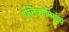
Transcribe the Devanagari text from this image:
होलिकानिर्णय